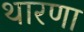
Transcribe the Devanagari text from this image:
थारणा